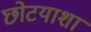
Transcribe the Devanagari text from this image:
छोटयाशा